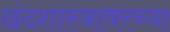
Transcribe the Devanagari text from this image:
छंदशास्त्रावरच्या